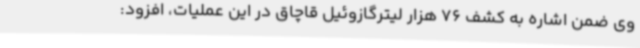
وی ضمن اشاره به کشف 76 هزار لیترگازوئیل قاچاق در این عملیات، افزود: